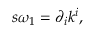
s \omega _ { 1 } = \partial _ { i } k ^ { i } ,